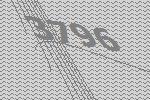
3796